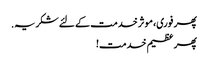
پھر فوری، موثر خدمت کے لئے شکریہ.
پھر عظیم خدمت!